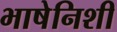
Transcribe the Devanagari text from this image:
भाषेनिशी